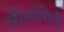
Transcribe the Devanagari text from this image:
लीलांगिनी